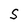
Character: s